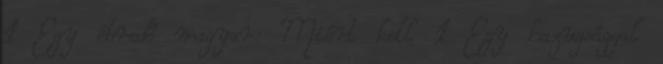
1 Egy ébredő magyar: Miért kell 1 Egy hazugsággal